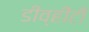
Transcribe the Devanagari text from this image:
डीव्हीटी